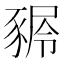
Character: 𧱢